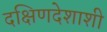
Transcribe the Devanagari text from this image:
दक्षिणदेशाशी